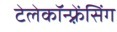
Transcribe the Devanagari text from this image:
टेलेकॉन्फ़्रेंसिंग